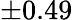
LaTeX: \pm 0.49